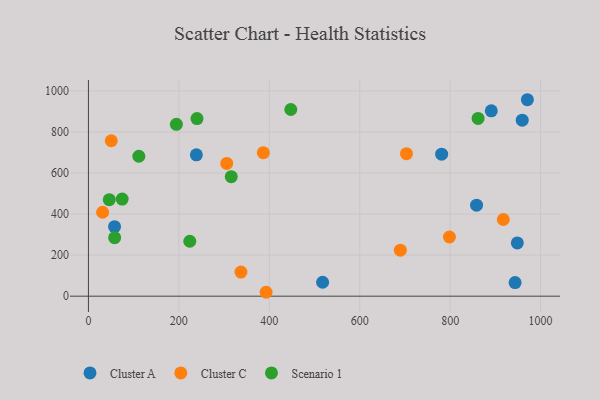
{"axis": {"x": "Price", "y": "Sales"}, "legend": ["Cluster A", "Cluster C", "Scenario 1"], "data": [{"x": "57.8", "y": 338.4, "type": "Cluster A"}, {"x": "948.6", "y": 259.3, "type": "Cluster A"}, {"x": "959.4", "y": 857.3, "type": "Cluster A"}, {"x": "891.0", "y": 902.7, "type": "Cluster A"}, {"x": "238.7", "y": 688.2, "type": "Cluster A"}, {"x": "781.2", "y": 691.4, "type": "Cluster A"}, {"x": "517.9", "y": 67.9, "type": "Cluster A"}, {"x": "943.6", "y": 66.3, "type": "Cluster A"}, {"x": "858.4", "y": 443.3, "type": "Cluster A"}, {"x": "970.8", "y": 956.7, "type": "Cluster A"}, {"x": "50.5", "y": 756.9, "type": "Cluster C"}, {"x": "917.6", "y": 373.5, "type": "Cluster C"}, {"x": "392.9", "y": 19.0, "type": "Cluster C"}, {"x": "689.8", "y": 223.9, "type": "Cluster C"}, {"x": "305.9", "y": 646.3, "type": "Cluster C"}, {"x": "798.4", "y": 288.3, "type": "Cluster C"}, {"x": "386.8", "y": 698.7, "type": "Cluster C"}, {"x": "703.4", "y": 694.0, "type": "Cluster C"}, {"x": "337.3", "y": 117.4, "type": "Cluster C"}, {"x": "31.4", "y": 408.8, "type": "Cluster C"}, {"x": "240.1", "y": 865.0, "type": "Scenario 1"}, {"x": "46.1", "y": 469.8, "type": "Scenario 1"}, {"x": "861.8", "y": 865.6, "type": "Scenario 1"}, {"x": "111.5", "y": 681.5, "type": "Scenario 1"}, {"x": "194.5", "y": 836.8, "type": "Scenario 1"}, {"x": "447.6", "y": 909.0, "type": "Scenario 1"}, {"x": "74.6", "y": 472.8, "type": "Scenario 1"}, {"x": "224.2", "y": 267.5, "type": "Scenario 1"}, {"x": "315.9", "y": 582.1, "type": "Scenario 1"}, {"x": "58.0", "y": 285.0, "type": "Scenario 1"}]}